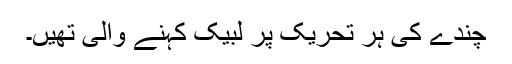
چندے کی ہر تحریک پر لبیک کہنے والی تھیں۔